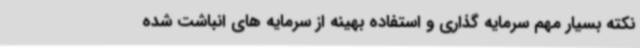
نکته بسیار مهم سرمایه گذاری و استفاده بهینه از سرمایه های انباشت شده